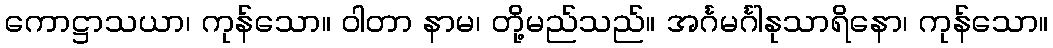
ကောဋ္ဌာသယာ၊ ကုန်သော။ ဝါတာ နာမ၊ တို့မည်သည်။ အင်္ဂမင်္ဂါနုသာရိနော၊ ကုန်သော။